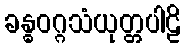
ခန္ဓဝဂ္ဂသံယုတ္တပါဠိ